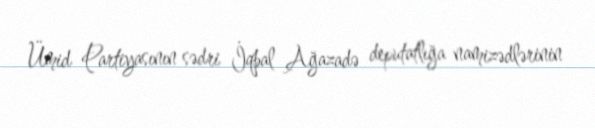
Ümid Partiyasının sədri İqbal Ağazadə deputatlığa namizədlərinin